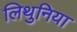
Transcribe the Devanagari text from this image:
लिथुनिया